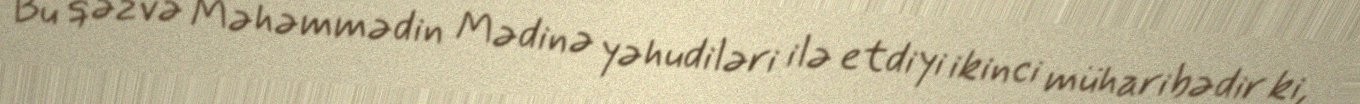
Bu qəzvə Məhəmmədin Mədinə yəhudiləri ilə etdiyi ikinci müharibədir ki,